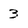
Character: 3